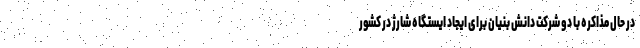
در حال مذاکره با دو شرکت دانش بنیان برای ایجاد ایستگاه شارژ در کشور